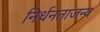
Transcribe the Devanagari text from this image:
निर्धनताजन्य